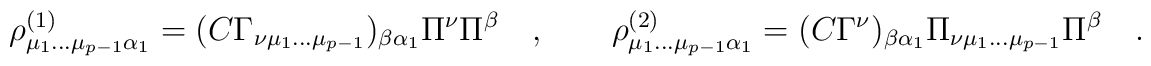
\rho^{(1)}_{\mu_1 \dots \mu_{p-1} \alpha_1}=(C \Gamma_{\nu \mu_1 \dots\mu_{p-1}})_{\beta \alpha_1} \Pi^\nu \Pi^\beta\quad, \quad \quad\rho^{(2)}_{\mu_1 \dots \mu_{p-1} \alpha_1}= (C \Gamma^\nu)_{\beta\alpha_1} \Pi_{\nu \mu_1 \dots \mu_{p-1}} \Pi^\beta\quad .